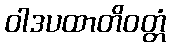
ဝါဒပထာတိဝတ္တံ